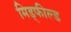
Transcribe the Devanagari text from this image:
मिड्फील्ड